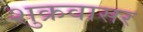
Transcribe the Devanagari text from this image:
शुक्रवासर